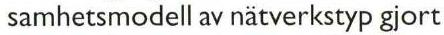
samhetsmodell av nätverkstyp gjort